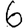
Digit: 6